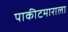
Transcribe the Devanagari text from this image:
पाकीटमाराला